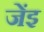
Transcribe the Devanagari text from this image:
जेंइ